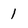
Character: 1